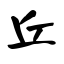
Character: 丘